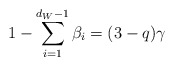
\begin{align*}1-\sum_{i=1}^{d_W-1} \beta_i =(3-q) \gamma\end{align*}